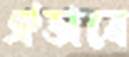
ঐভাবে